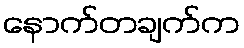
နောက်တချက်က